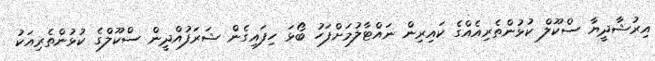
އިރުޝާދީޔާ ސްކޫލް ކުޅުންތެރިއެއްގެ ކައިރިން ނައްޓާލުމަށްފަހު ބޯޅަ ހިފައިގެން ޝަރަފުއްދީން ސްކޫލްގެ ކުޅުންތެރިއަކު